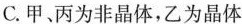
C.甲、丙为非晶体，乙为晶体